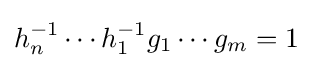
h_{n}^{-1}\cdots h_{1}^{-1}g_{1}\cdots g_{m}=1